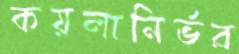
কয়লানির্ভর